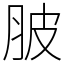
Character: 䏢